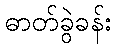
ဓာတ်ခွဲခန်း